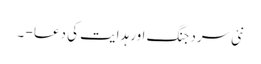
نئی سرد جنگ اور ہدایت کی دعا - ۔